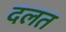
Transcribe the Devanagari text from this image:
दलत